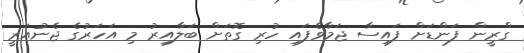
ގްރީން ފަންޑަށް ފައިސާ ޖަމާވެފައި ހުރި ގޮތަށް ބަލާއިރު މި އަހަރުގެ ޖެނުއަރީ